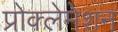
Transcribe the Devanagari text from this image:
प्रोक्लेमेशन